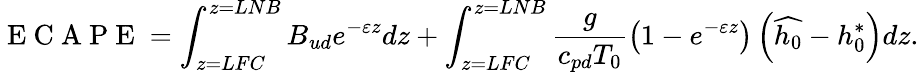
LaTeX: \mathrm{~E~C~A~P~E~}=\int_{z=LFC}^{z=LNB}B_{ud}e^{-\varepsilon z}dz+\int_{z=LFC}^{z=LNB}\frac{g}{c_{pd}T_{0}}\left(1-e^{-\varepsilon z}\right)\left(\widehat{h_{0}}-h_{0}^{*}\right)dz.